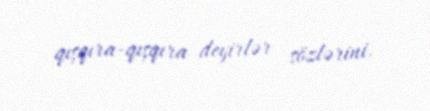
qışqıra-qışqıra deyirlər sözlərini.